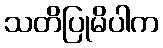
သတိပြုမိပါက